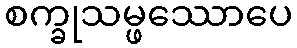
စက္ခုသမ္ဖဿောပေ